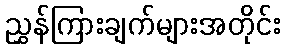
ညွှန်ကြားချက်များအတိုင်း